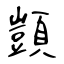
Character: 顗